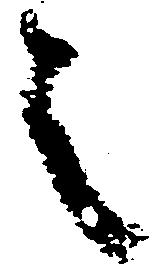
之